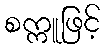
စက္ကူဖြင့်